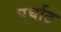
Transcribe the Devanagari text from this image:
पर्घाट